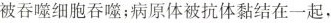
被吞噬细胞吞噬；病原体被抗体黏结在一起，